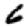
Digit: 6